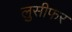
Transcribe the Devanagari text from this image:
लुसीफर